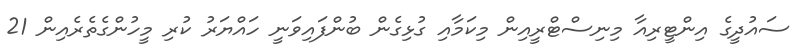
ސައުދީގެ އިންޓީރިއާ މިނިސްޓްރީއިން މިކަމާއި ގުޅިގެން ބުންފައިވަނީ ހައްޔަރު ކުރި މީހުންގެތެރެއިން 21